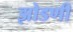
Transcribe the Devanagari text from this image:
झोडणी